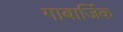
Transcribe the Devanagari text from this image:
गाबार्जिक